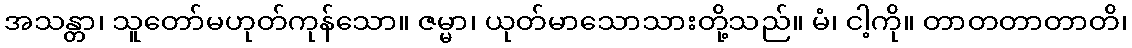
အသန္တာ၊ သူတော်မဟုတ်ကုန်သော။ ဇမ္မာ၊ ယုတ်မာသောသားတို့သည်။ မံ၊ ငါ့ကို။ တာတတာတာတိ၊